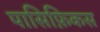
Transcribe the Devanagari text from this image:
पासिफ़िकस